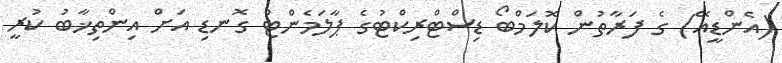
(އެންޑީއޭ) ގެ ފަރާތުން ކޮލަމްބޯ ޑިސްޓްރިކްޓުގެ ޕާލަމެންޓް ގޮނޑި އަށް އިންތިޚާބު ކުރީ